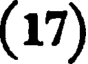
(17)